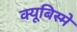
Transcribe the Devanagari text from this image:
क्यूबिस्मे